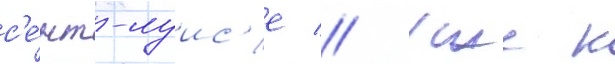
с'е́нт-луис'е // Уже к